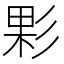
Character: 𢒙